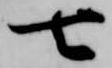
七